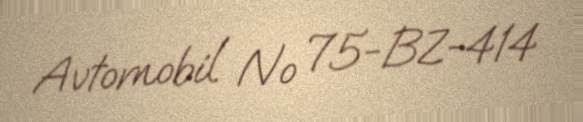
Avtomobil № 75-BZ-414